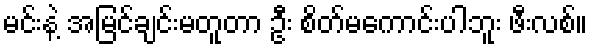
မင်းနဲ့ အမြင်ချင်းမတူတာ ဦး စိတ်မကောင်းပါဘူး ဖီးလစ်။